Leaving Certificate Examination, 1913
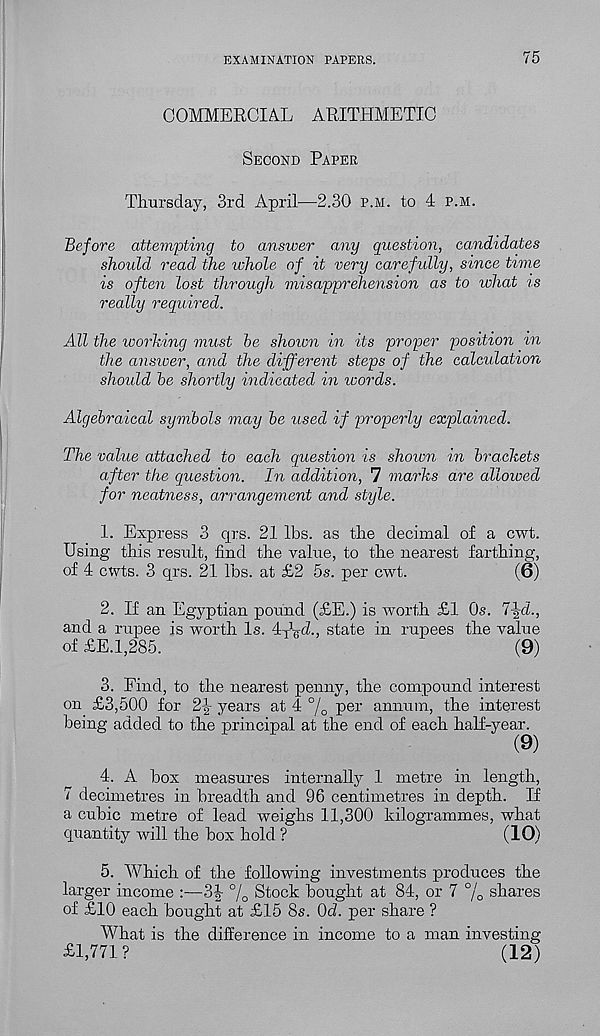
EXAMINATION PAPERS.
75
COMMERCIAL ARITHMETIC
Second Paper
Thursday, 3rd April—2.30 p.m. to 4 p.m.
Before attempting to answer any question, candidates
should read the tuhole of it very carefully, since time
is often lost through misapprehension as to what is
really required.
All the working must he shown in its proper position m
the answer, and the different steps of the calculation
should he shortly indicated in words.
Algebraical symbols may he used if properly explained.
The value attached to each question is shown in brackets
after the question. In addition, 7 marks are allowed
for neatness, arrangement and style.
1. Express 3 qrs. 21 lbs. as the decimal of a cwt.
Using this result, find the value, to the nearest farthing,
of 4 ctvts. 3 qrs. 21 lbs. at £2 5s. per cwt.
(6)
2. If an Egyptian pound (£E.) is worth £1 Os. 7-|-h.,
and a rupee is worth Is. ly 1^. , state in rupees the value
of £E.1,2S5.
(9)
3. Find, to the nearest penny, the compound interest
on £3,500 for
years at 4 °/ 0 per annum, the interest
being added to the principal at the end of each half-year.
(9)
4. A box measures internally 1 metre in length,
7 decimetres in breadth and 96 centimetres in depth. If
a cubic metre of lead weighs 11,300 kilogrammes, what
quantity will the box hold ?
(19)
5. Which of the following investments produces the
larger income :—34 % Stock bought at 84, or 7 °/ 0 shares
of £10 each bought at £15 8s. Od. per share ?
What is the difference in income to a man investing
£1,771 ?
(12)